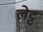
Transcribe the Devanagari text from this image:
लेट्ट